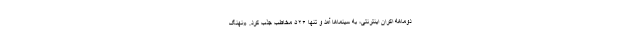
دوماهه اکران اینترنتی، به سینماها آمد و تنها ۵۲۶ مخاطب جذب کرد. «نهنگ